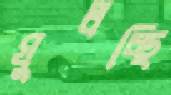
ঘুলচ্ছি